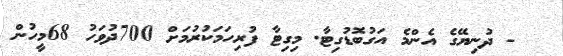
- ދުނިޔޭގެ އެންމެ އަގުބޮޑުގިޓާ. މިގިޓާ ފުރިހަމަކުރުމަށް 700ދުވަހު 68މީހުން